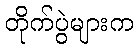
တိုက်ပွဲများက